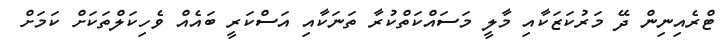
ޓްރެއިނިން ދޭ މަރުކަޒަކާއި މާލީ މަސައްކަތްކުރާ ތަނަކާއި އަސްކަރީ ބައެއް ވެހިކަލްތަކަށް ކަމަށް